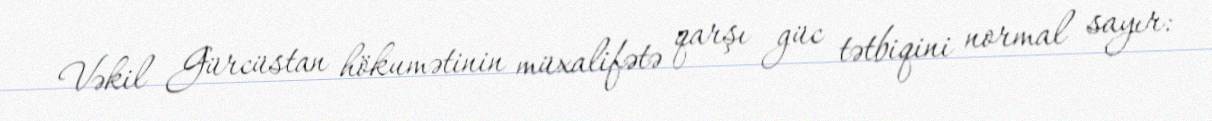
Vəkil Gürcüstan hökumətinin müxalifətə qarşı güc tətbiqini normal sayır: